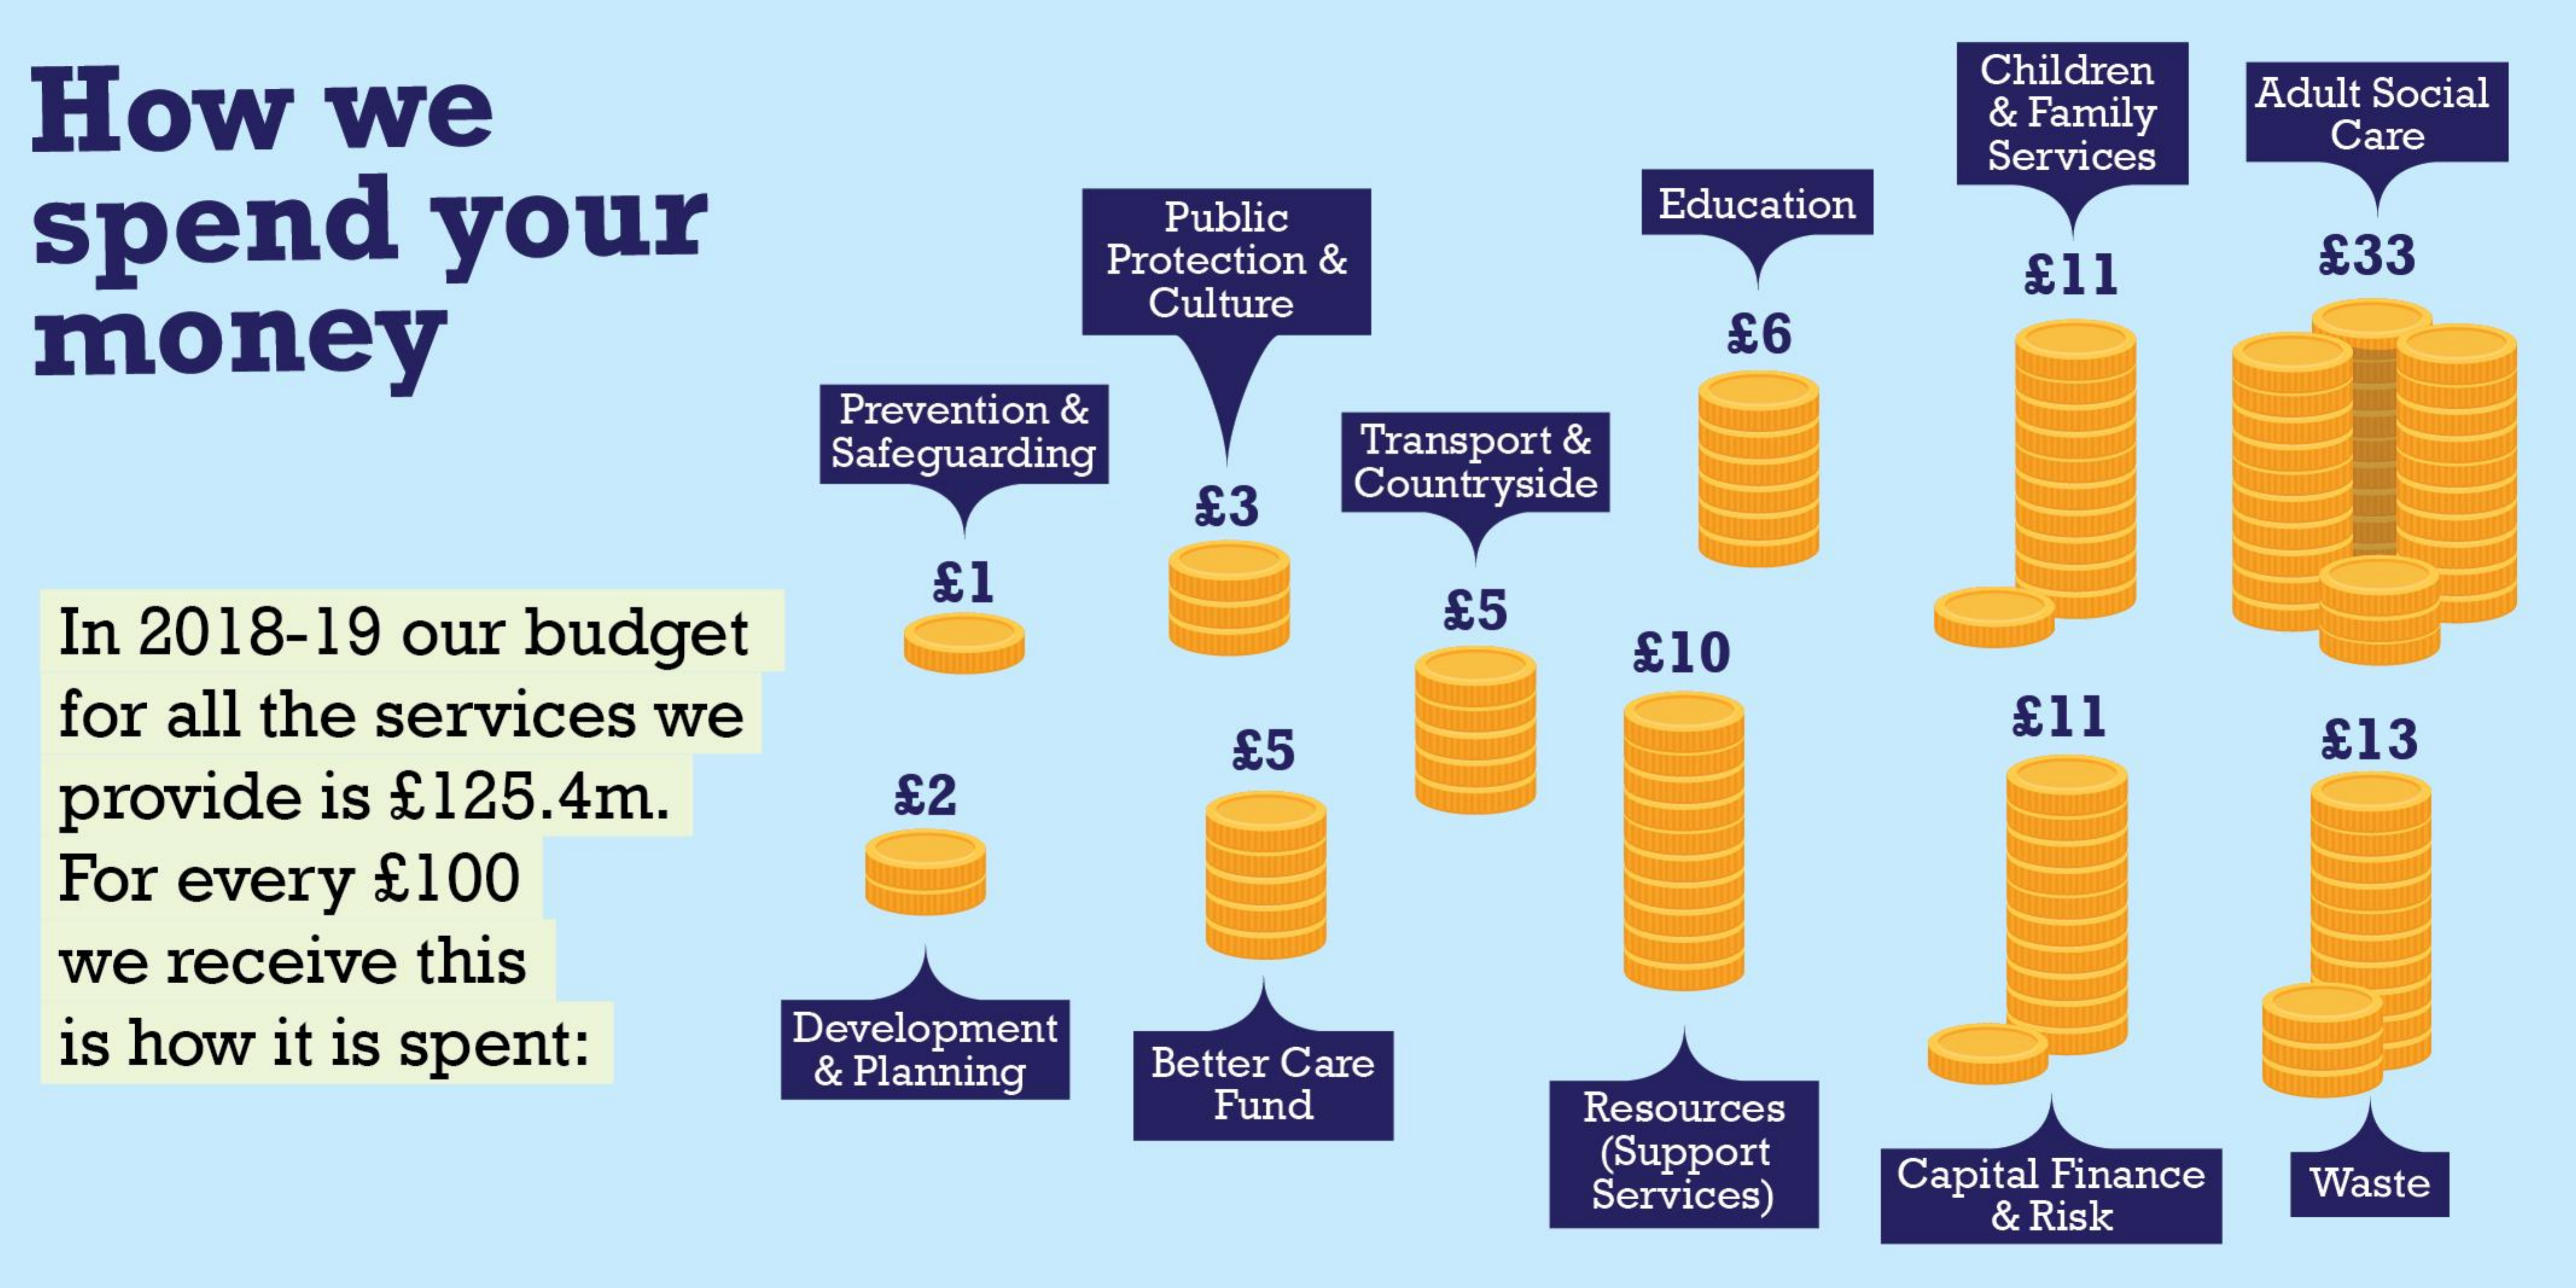
How    we
     Children
     & Family
     Adult Social
     Services
     Care
  spend    your    Public    Education
     Protection &    £33
  money
     Culture
     £11
     Prevention &
     93
     Safeguarding  Transport &
     £3  Countryside
  In 2018-19 our budget
     £1
     £5
     £10
  for all the services we    £11    £13
  provide is £125.4m.   £2
     £5
  For every £100
  we receive this
  is how it is spent: Development
     & Planning Better Care
     Fund    Resources
     (Support
     Services) Capital Finance
     & Risk
     Waste